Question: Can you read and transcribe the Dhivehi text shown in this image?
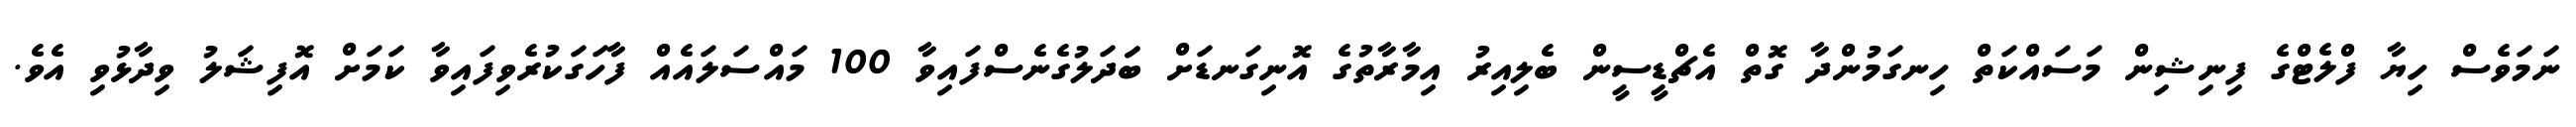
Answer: ނަމަވެސް ހިޔާ ފްލެޓްގެ ފިނިޝިން މަސައްކަތް ހިނގަމުންދާ ގޮތް އެޗްޑީސީން ބެލިއިރު އިމާރާތުގެ އޮނިގަނޑަށް ބަަދަލުގެނެސްފައިވާ 100 މައްސަލައެއް ފާހަގަކުރެވިފައިވާ ކަމަށް އޮފިޝަލު ވިދާޅުވި އެވެ.